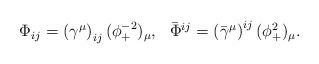
LaTeX: \begin{align*}\begin{array}{rr} \Phi_{ij} = \left(\gamma^\mu\right)_{ij}(\phi^{-2}_{+})_\mu, & \bar\Phi^{ij}=\left(\bar\gamma^\mu\right)^{ij}(\phi_{+}^2)_\mu.\end{array}\end{align*}